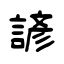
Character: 諺